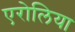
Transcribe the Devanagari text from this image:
एरोलिया